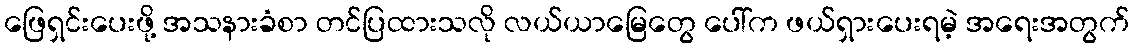
ဖြေရှင်းပေးဖို့ အသနားခံစာ တင်ပြထားသလို လယ်ယာမြေတွေ ပေါ်က ဖယ်ရှားပေးရမဲ့ အရေးအတွက်